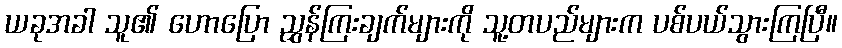
ယခုအခါ သူ၏ ဟောပြော ညွှန်ကြးချက်များကို သူ့တပည်များက ပစ်ပယ်သွားကြပြီ။